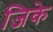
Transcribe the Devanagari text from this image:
जिके